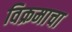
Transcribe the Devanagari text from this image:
विक्रमाचा